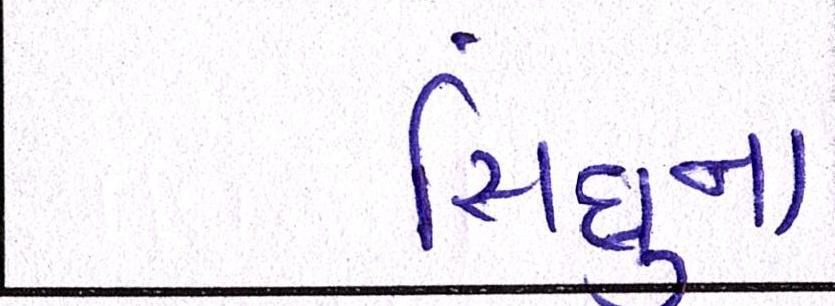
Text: સિંધુના